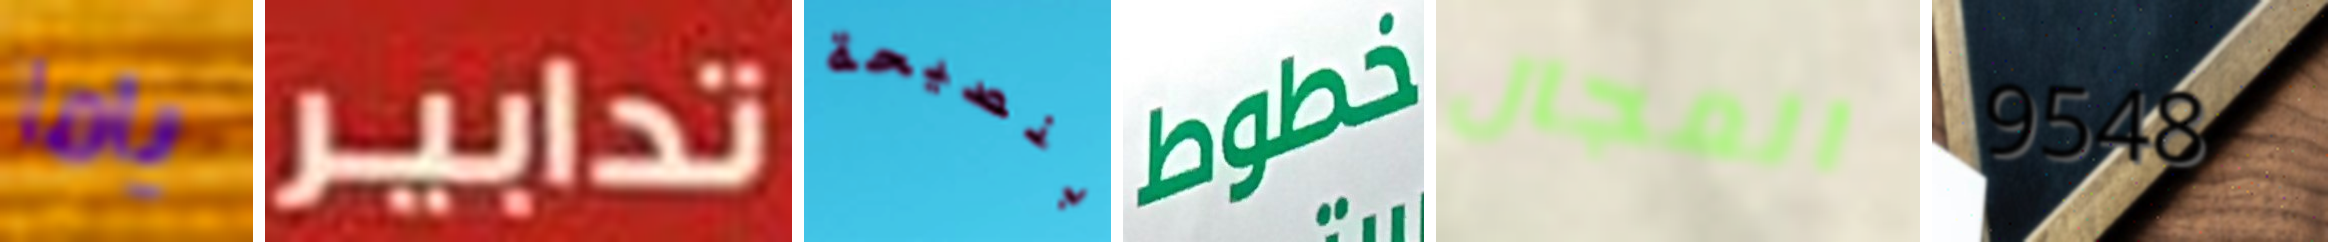
ياما تدابير بنصيحة خطوط المجال 9548